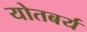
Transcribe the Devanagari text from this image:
योतबर्य